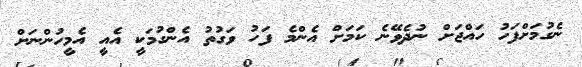
ނެގުމަށްފަހު ހައްޖަށް ނުދެވޭނެ ކަމަށް އެންމެ ފަހު ވަގުތު އެންގުމަކީ އެއީ އެމީހުންނަށް